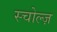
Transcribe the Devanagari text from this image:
स्चोल्ज़